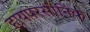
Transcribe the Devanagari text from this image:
हायपरसोनिक